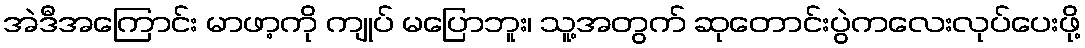
အဲဒီအကြောင်း မာဖာ့ကို ကျုပ် မပြောဘူး၊ သူ့အတွက် ဆုတောင်းပွဲကလေးလုပ်ပေးဖို့